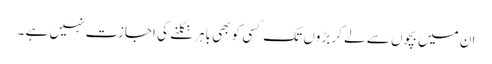
ان میں بچوں سے لے کر بڑوں تک کسی کو بھی باہر نکلنے کی اجازت نہیں ہے ۔